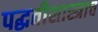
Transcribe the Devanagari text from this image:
पद्धतीशास्त्राच